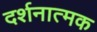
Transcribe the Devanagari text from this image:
दर्शनात्मक